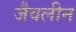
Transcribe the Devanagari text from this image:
जैवलीन